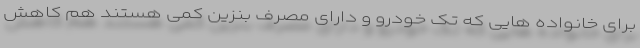
برای خانواده هایی که تک خودرو و دارای مصرف بنزین کمی هستند هم کاهش